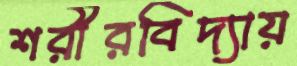
শরীরবিদ্যায়